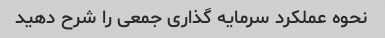
نحوه عملکرد سرمایه گذاری جمعی را شرح دهید